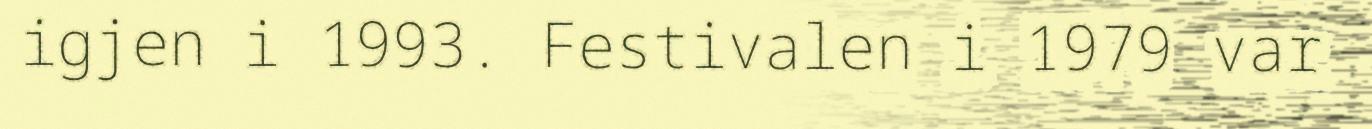
igjen i 1993. Festivalen i 1979 var